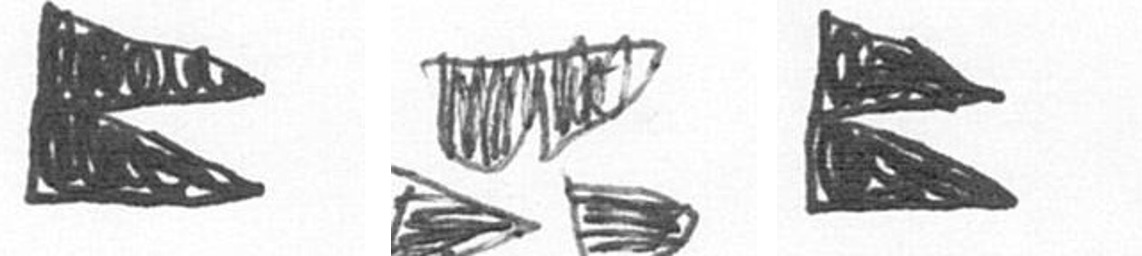
P B P